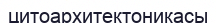
цитоархитектоникасы